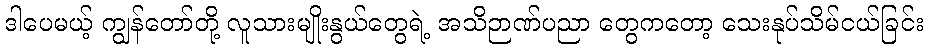
ဒါပေမယ့် ကျွန်တော်တို့ လူသားမျိုးနွယ်တွေရဲ့ အသိဉာဏ်ပညာ တွေကတော့ သေးနုပ်သိမ်ငယ်ခြင်း